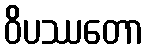
ဝိပဿတော